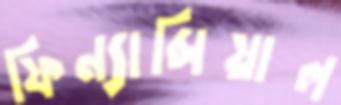
ফিন্যান্সিয়াল